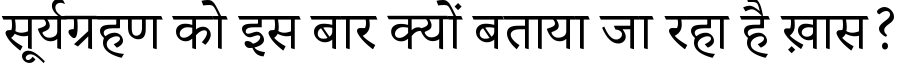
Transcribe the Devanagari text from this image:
सूर्यग्रहण को इस बार क्यों बताया जा रहा है ख़ास?